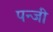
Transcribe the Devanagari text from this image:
पन्जी